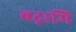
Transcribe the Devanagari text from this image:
बद्नामि